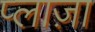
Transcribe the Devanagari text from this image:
प्‍लाज़ा